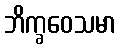
ဘိက္ခဝေသမာ